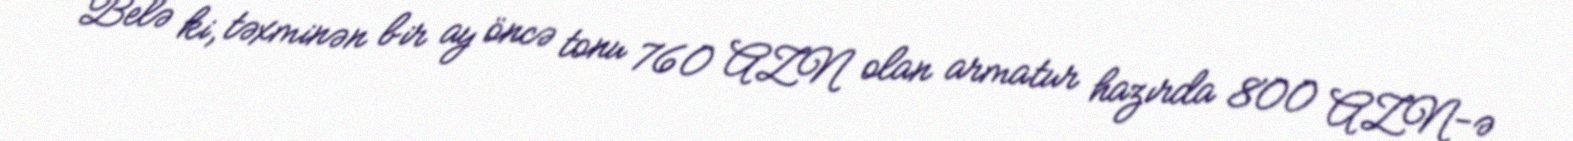
Belə ki, təxminən bir ay öncə tonu 760 AZN olan armatur hazırda 800 AZN-ə